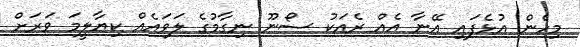
މިހެން އުޅެފައި އޭނާ އެއް ރެއަކު ސޯނޫ ނިގާމުގެ ލަވައެއް ކިޔާލީމަ ވަރަށް